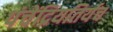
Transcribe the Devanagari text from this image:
पंचेंद्रियतिर्यच